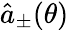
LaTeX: \hat{a}_{\pm}(\theta)